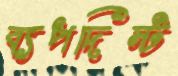
ব্যপদিস্ট